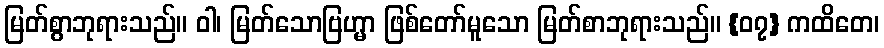
မြတ်စွာဘုရားသည်။ ဝါ၊ မြတ်သောဗြဟ္မာ ဖြစ်တော်မူသော မြတ်စာဘုရားသည်။ {၀၇} ကထိတေ၊